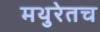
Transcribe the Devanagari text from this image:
मथुरेतच